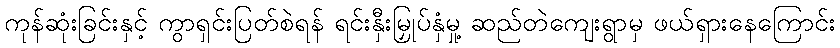
ကုန်ဆုံးခြင်းနှင့် ကွာရှင်းပြတ်စဲရန် ရင်းနှီးမြှုပ်နှံမှု့ ဆည်တဲကျေးရွာမှ ဖယ်ရှားနေကြောင်း